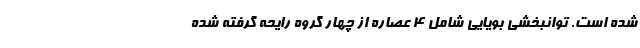
شده است. توانبخشی بویایی شامل ۴ عصاره از چهار گروه رایحه گرفته شده